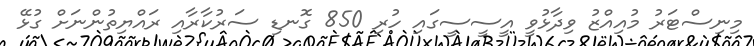
މިނިސްޓަރު މުއިއްޒު ވިދާޅުވީ އީސީސީގައި ހުރި 850 ގޮނޑި ސަރުކާރާއި ރައްޔިތުންނަށް ގުޅޭ